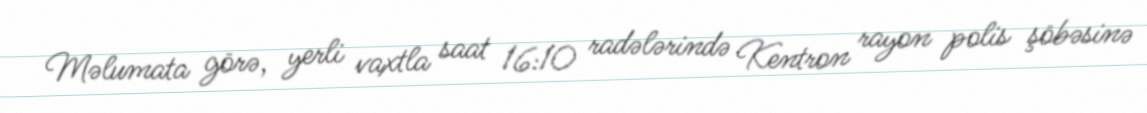
Məlumata görə, yerli vaxtla saat 16:10 radələrində Kentron rayon polis şöbəsinə